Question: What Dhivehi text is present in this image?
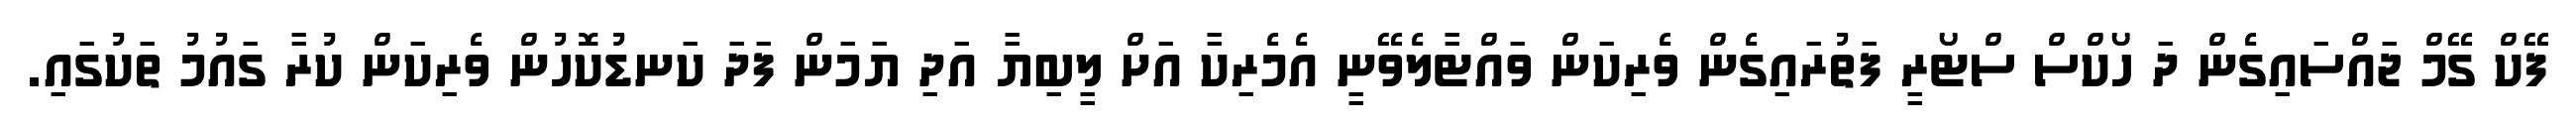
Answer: ފޭކް ގޭމް ޖައްސައިގެން ދަ ހޯކްސް ސްޓޯރީ ފަތުރައިގެން ވެރިކަން ވައްޓާލެވޭނީ އެމެރިކާ އަށް ލީބިޔާ އަދި ޔަމަން ފަދަ ކަނޑުކޮހުން ވެރިކަން ކުރާ ގައުމު ތަކުގައި.